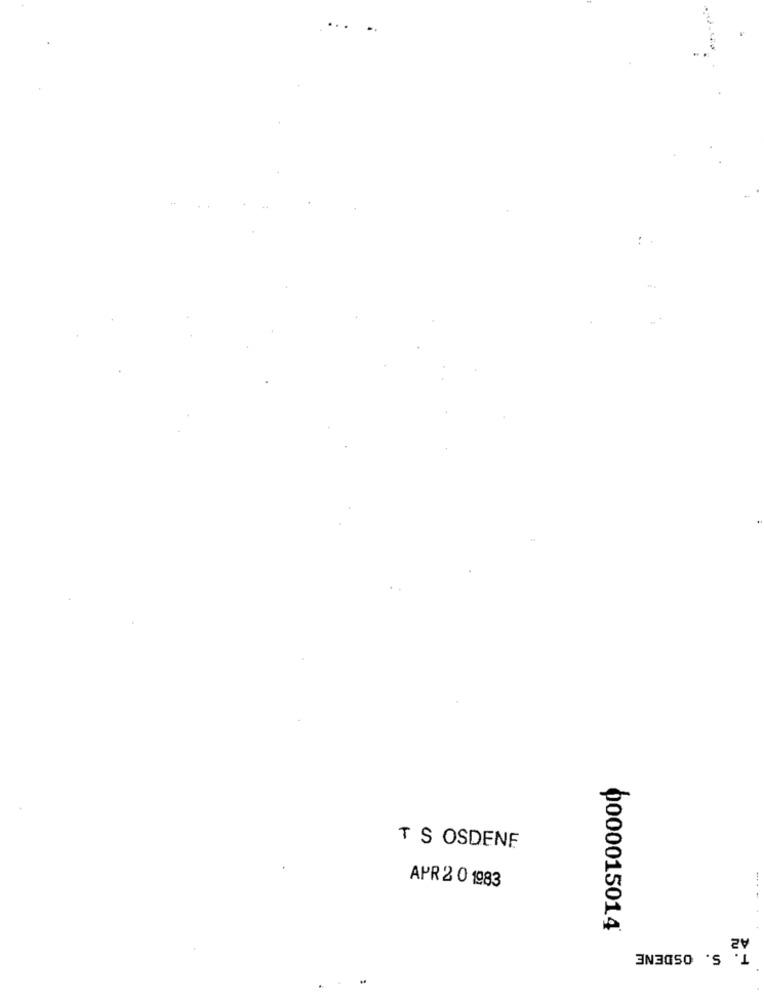
..
T S OSDENE
APR 2 0 1983
6000015014
I: S. OSDENE